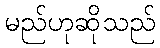
မည်ဟုဆိုသည်